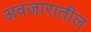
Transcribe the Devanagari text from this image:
अवजारातील